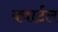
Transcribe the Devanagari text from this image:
क्वार्टल